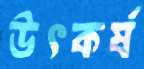
উৎকর্ষ